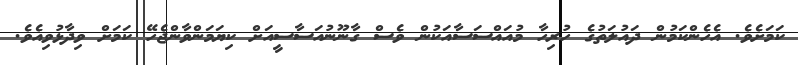
ކަމަށެވެ. އެހެންކަމުން ދައުލަތުގެ ހުރިހާ މުއައްސަސާއަކުން ވެސް ގާނޫނުއަސާސީއަށް ކިޔަމަންވާންޖެހޭ ކަމަށް ވިދާޅުވިއެވެ.